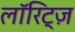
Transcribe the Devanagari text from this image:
लॉरिट्ज़